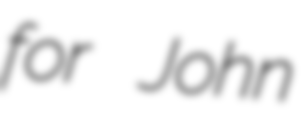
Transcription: for John